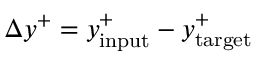
\Delta y ^ { + } = y _ { \mathrm { i n p u t } } ^ { + } - y _ { \mathrm { t a r g e t } } ^ { + }